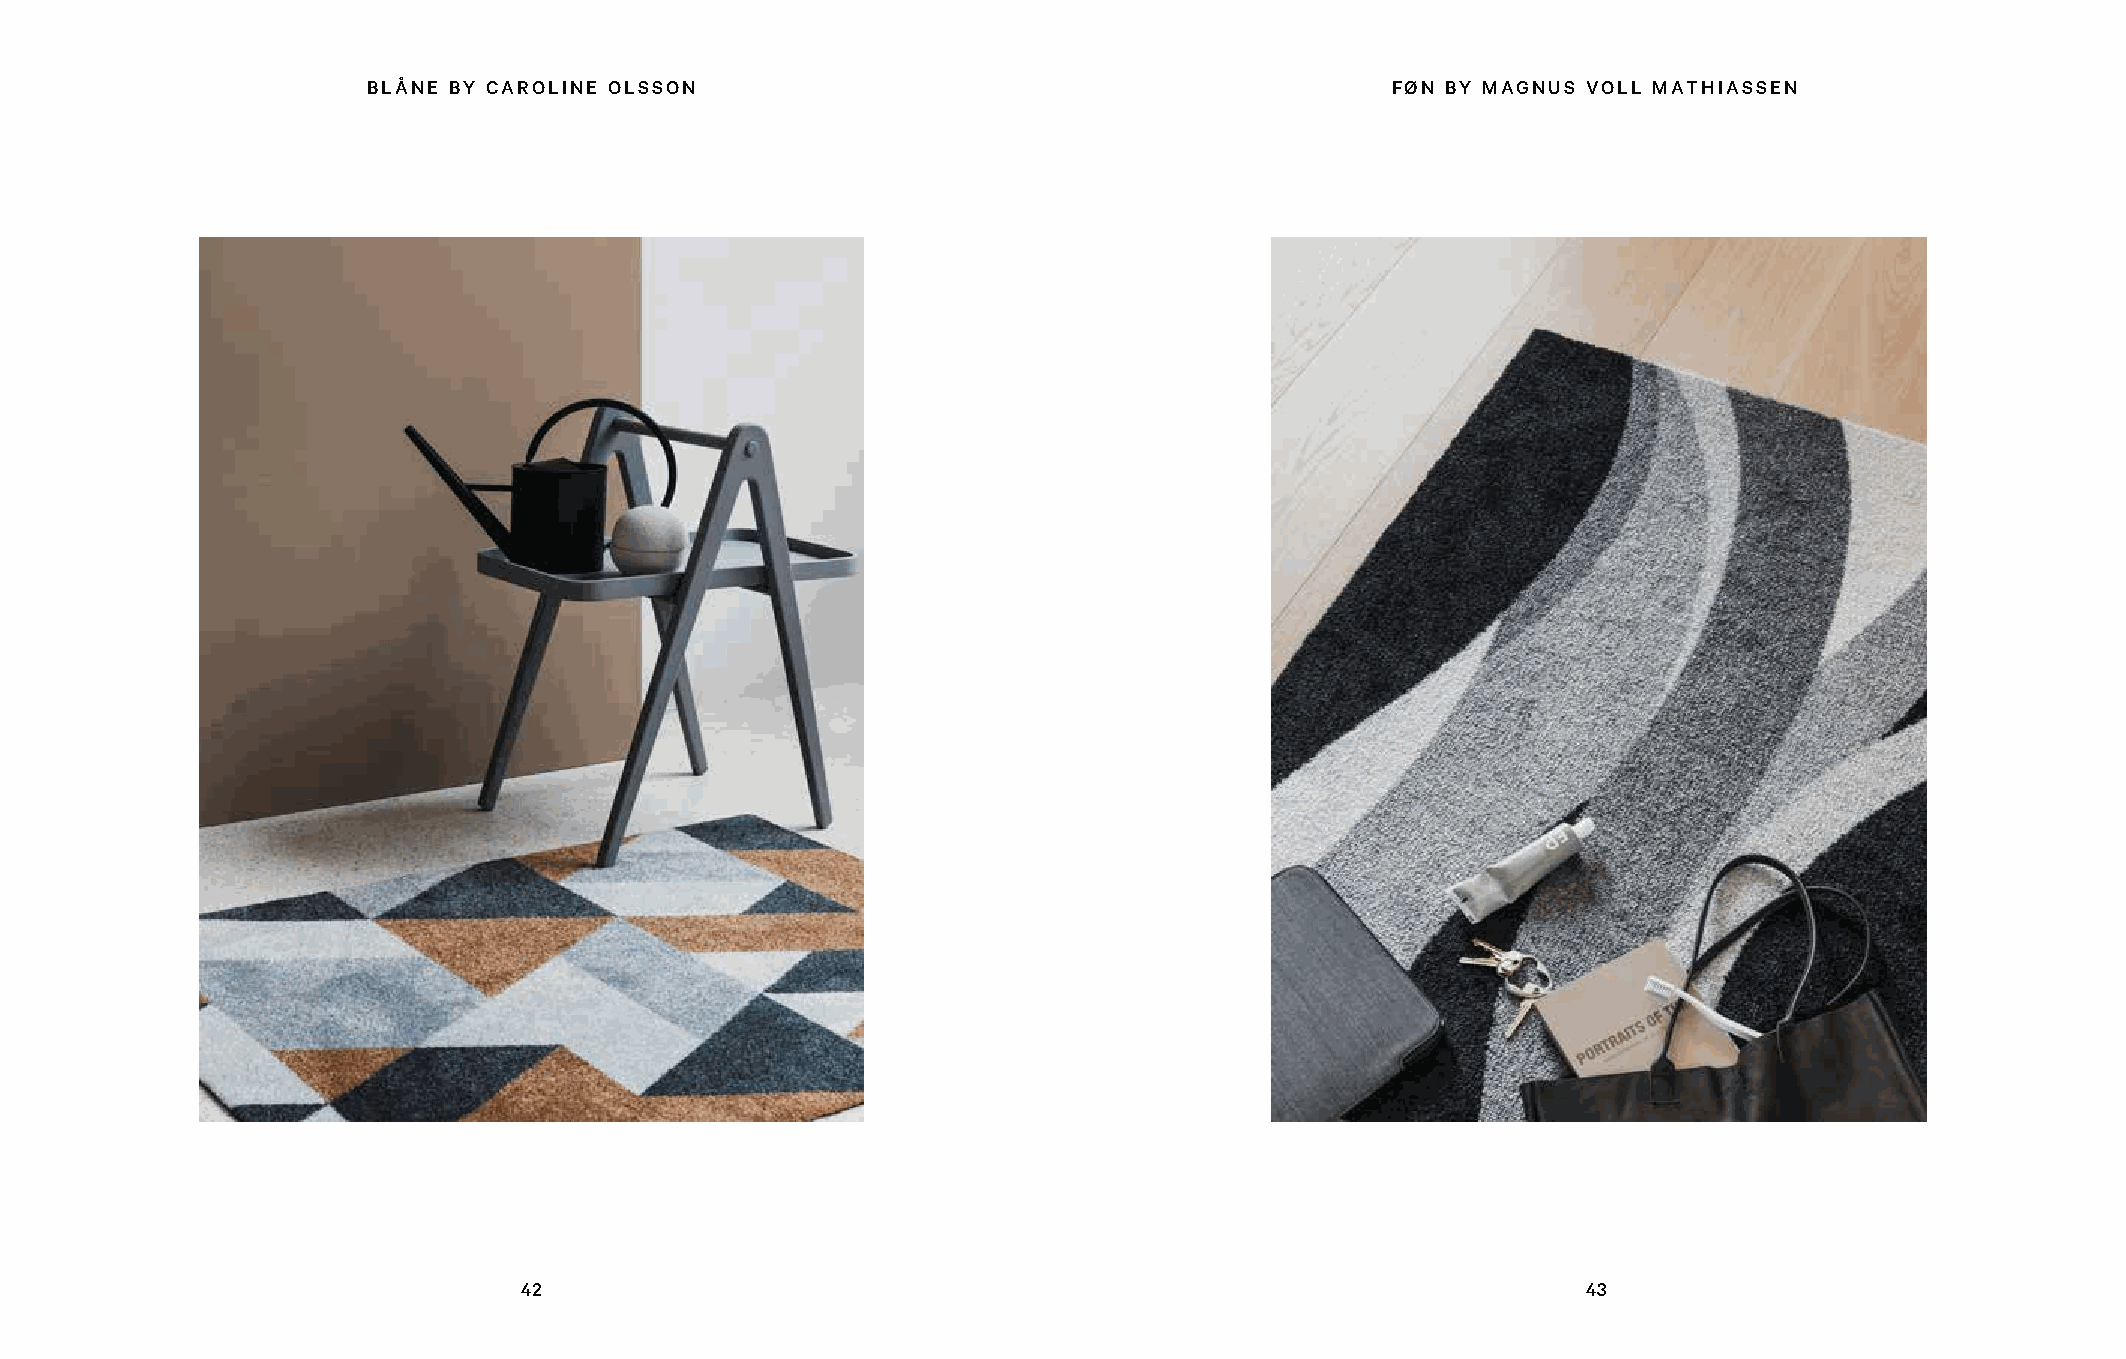
BLÅNE BY CAROLINE OLSSON                                            FØN BY MAGNUS VOLL MATHIASSEN
 42                                                                    43